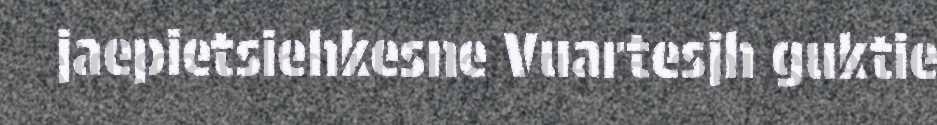
jaepietsiehkesne Vuartesjh guktie